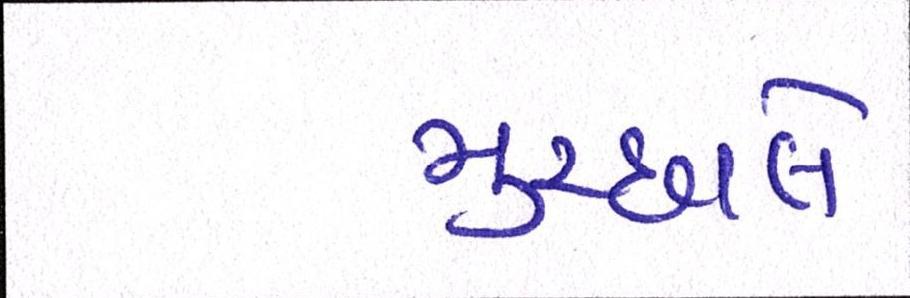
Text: મુચ્છાલે